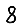
Digit: 8